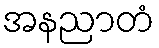
အနညာတံ